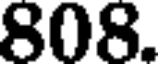
808.